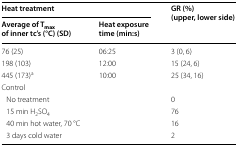
<table><thead><tr><td colspan="2"><b>Heat treatment</b></td><td rowspan="2"><b>GR (%)(upper, lower side)</b></td></tr><tr><td><b>Average of T<sub>max</sub> of inner tc’s (°C) (SD)</b></td><td><b>Heat exposure time (min:s)</b></td></tr></thead><tbody><tr><td>76 (25)</td><td>06:25</td><td>3 (0, 6)</td></tr><tr><td>198 (103)</td><td>12:00</td><td>15 (24, 6)</td></tr><tr><td>445 (173)<sup>a</sup></td><td>10:00</td><td>25 (34, 16)</td></tr><tr><td colspan="3">Control</td></tr><tr><td colspan="2"> No treatment</td><td>0</td></tr><tr><td colspan="2"> 15 min H<sub>2</sub>SO<sub>4</sub></td><td>76</td></tr><tr><td colspan="2"> 40 min hot water, 70 °C</td><td>16</td></tr><tr><td colspan="2"> 3 days cold water</td><td>2</td></tr></tbody></table>